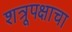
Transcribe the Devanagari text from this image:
शत्रूपक्षाचा